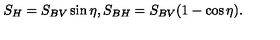
S _ { H } = S _ { B V } \sin \eta , S _ { B H } = S _ { B V } ( 1 - \cos \eta ) .